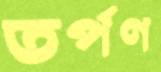
তর্পণ